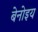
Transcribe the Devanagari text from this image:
बेनोइय